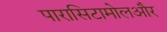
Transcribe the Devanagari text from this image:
पारासिटामोलऔर